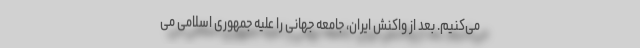
می‌کنیم. بعد از واکنش ایران، جامعه جهانی را علیه جمهوری اسلامی می